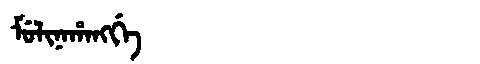
Manchu: ᠮᡠᠯᡳᠨᠠᡥᠠᠩᡤᡝ
Romanization: MULINAHANGGE